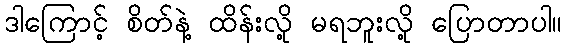
ဒါကြောင့် စိတ်နဲ့ ထိန်းလို့ မရဘူးလို့ ပြောတာပါ။